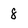
Character: 8